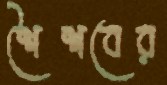
শৈশবের